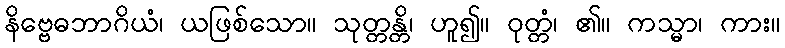
နိဗ္ဗေဓဘာဂိယံ၊ ယဖြစ်သော။ သုတ္တန္တိ၊ ဟူ၍။ ဝုတ္တံ၊ ၏။ ကသ္မာ၊ ကား။